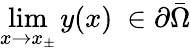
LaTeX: \operatorname*{lim}_{x\to x_{\pm}}y(x)\ \in\partial{\bar{\Omega}}